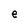
Character: e